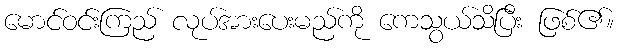
မောင်ဝင်းကြည် လုပ်အားပေးမည်ကို ကေသွယ်သိပြီး ဖြစ်၏။